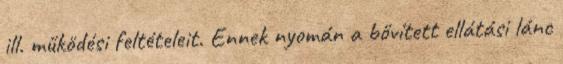
ill. működési feltételeit. Ennek nyomán a bővített ellátási lánc